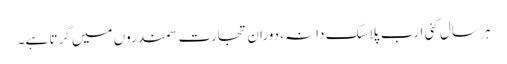
ہر سال کئی ارب پلاسٹک دانہ، دورانِ تجارت سمندروں میں گرتا ہے۔